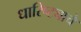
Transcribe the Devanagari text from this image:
धारिष्ट्याचे